Lunatic asylums Punjab 1895-1910 - 1895-1910
Year: 1895
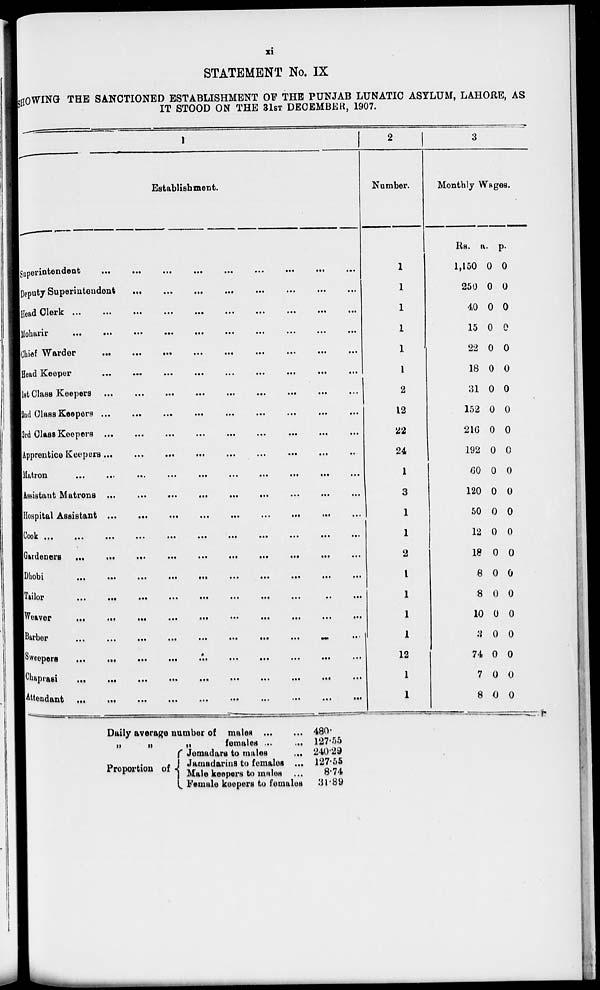
xi
STATEMENT No. IX
SHOWING THE SANCTIONED ESTABLISHMENT OF THE PUNJAB LUNATIC ASYLUM, LAHORE, AS
IT STOOD ON THE 31ST DECEMBER, 1907.
1
Establishment.
Superintendent
...
...
...
...
...
...
...
...
...
Deputy Superintendent
...
...
...
...
...
...
...
...
Head
Clerk
...
...
...
...
...
...
...
...
...
Moharir
...
...
...
...
...
...
...
...
...
Chief warder
...
...
...
...
...
...
...
...
...
Head
Keeper
...
...
...
...
...
...
...
...
...
1st
class
Keepers
...
...
...
...
...
...
...
...
...
2nd
Class Keepers
...
...
...
...
...
...
...
...
...
3rd Class Keepers ... ... ... ... ... ... ... ... ...
Apprentice Keepers
...
...
...
...
...
...
...
...
...
Matron
...
...
...
...
...
...
...
...
...
Assistant Matrons ... ... ... ... ... ... ... ... ...
Hospital Assistant
...
...
...
...
...
...
...
...
...
Cook ... ... ... ... ... ... ... ... ...
Gardeners ... ... ... ... ... ... ... ... ...
Dhobi ... ... ... ... ... ... ... ... ...
Tailor
...
...
...
...
...
...
...
...
...
Weaver
...
...
...
...
...
...
...
...
...
Barber
...
...
...
...
...
...
...
...
...
Sweepers
...
...
...
...
...
...
...
...
...
Chaprasi ... ... ... ... ... ... ... ... ...
Attendant
...
...
...
...
...
...
...
...
...
2
Number.
1
1
1
1
1
1
2
12
22
24
1
3
1
1
2
1
1
1
1
12
1
1
3
Monthly Wages.
Rs.
1,150
250
40
15
22
18
31
152
216
192
60
120
50
12
18
8
8
10
3
74
7
8
a.
0
0
0
0
0
0
0
0
0
0
0
0
0
0
0
0
0
0
0
0
0
0
p.
0
0
0
0
0
0
0
0
0
0
0
0
0
0
0
0
0
0
0
0
0
0
Daily average number of males
...
...
„
„
„
females ... ...
Proportion of
Jemadars to males
...
Jamadarins to females ...
Male keepers to males ...
Female keepers to females
480.
127.55
240.29
127.55
8.74
31.89